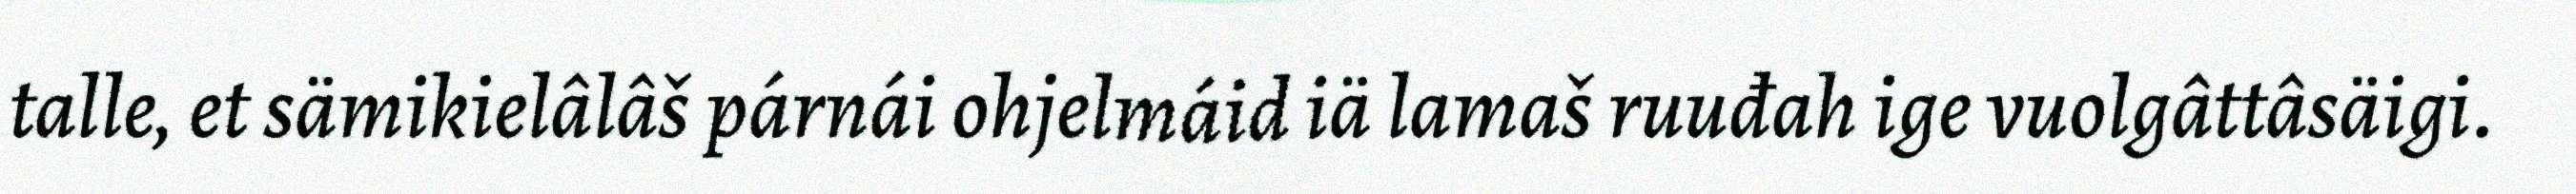
talle, et sämikielâlâš párnái ohjelmáid iä lamaš ruuđah ige vuolgâttâsäigi.